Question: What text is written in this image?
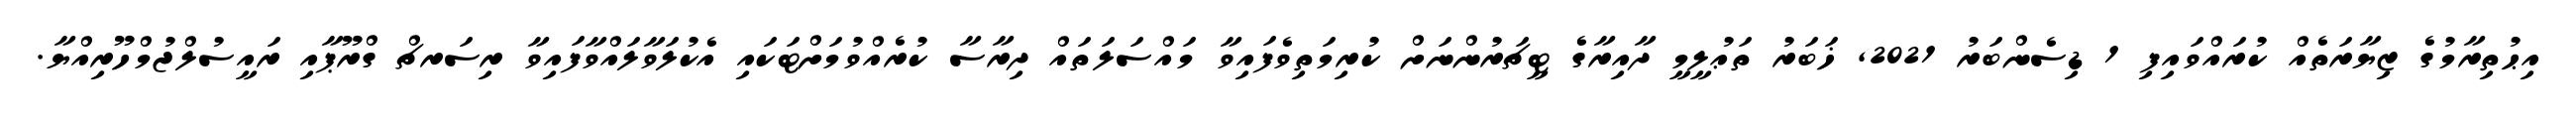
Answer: އިޙުތިރާމުގެ ޒިޔާރަތެއް ކުރައްވައިފި 1 ޑިސެންބަރު 2021, ޚަބަރު ތަޢުލީމީ ދާއިރާގެ ޓީޗަރުންނަށް ކުރިމަތިވެފައިވާ މައްސަލަތައް ދިރާސާ ކުރެއްވުމަށްޓަކައި އެކުލަވާލައްވާފައިވާ ރިސަރޗް ގްރޫޕާއި ރައީސުލްޖުމްހޫރިއްޔާ.